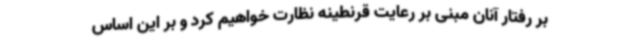
بر رفتار آنان مبنی بر رعایت قرنطینه نظارت خواهیم کرد و بر این اساس